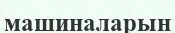
машиналарын